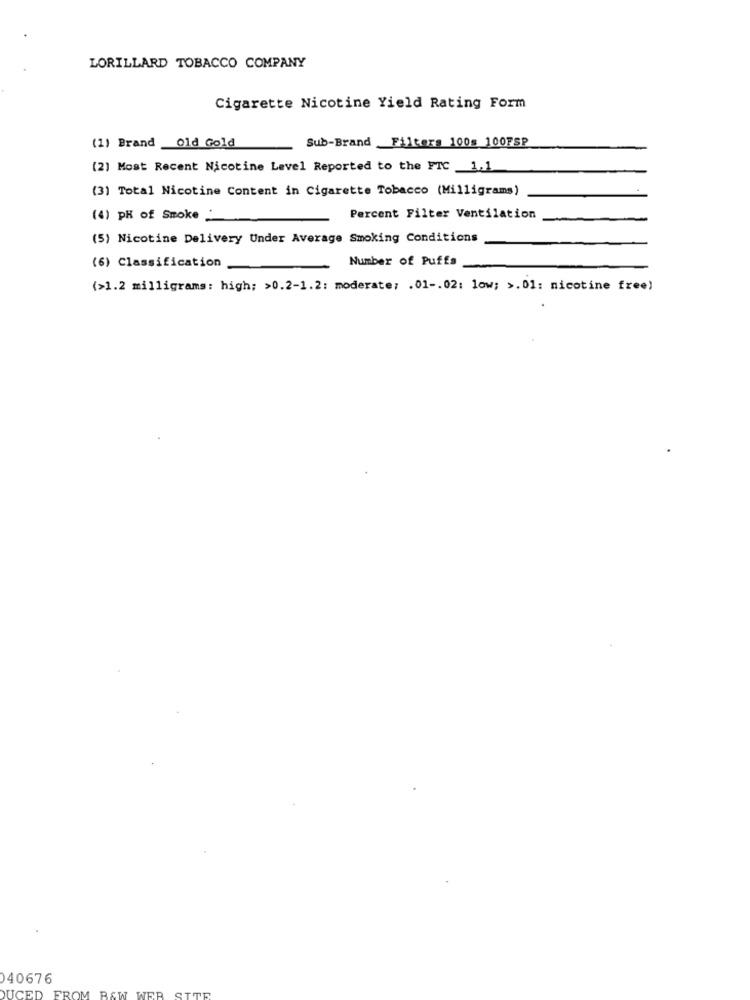
LORILLARD TOBACCO COMPANY
Cigarette Nicotine Yield Rating Form
Sub-Brand Filters 100s 100FSP
(1) Brand _Old Gold
(2) Most Recent Nicotine Level Reported to the FTC _1.1
(3) Total Nicotine Content in Cigarette Tobacco (Milligrams)
(4) PH of Smoke
Percent Filter Ventilation
(5) Nicotine Delivery Under Average Smoking Conditions
Number of Puffs
(6) Classification
(>1.2 milligrams: high; >0.2-1.2: moderate; . 01 -. 02: low; >.01: nicotine free)
040676
WER
SITE
DUCED FROM B&W